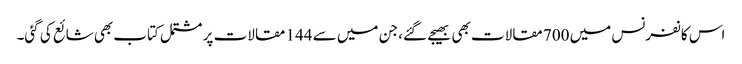
اس کانفرنس میں 700 مقالات بھی بھیجے گئے، جن میں سے 144 مقالات پر مشتمل کتاب بھی شائع کی گئی۔